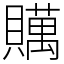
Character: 贎